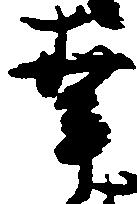
幸